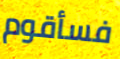
فسأقوم